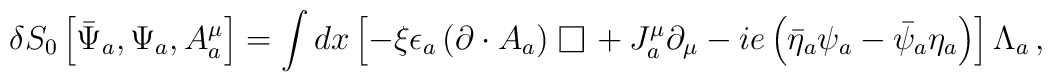
\delta S_{0} \left[ \bar{\Psi}_a ,  \Psi_a, A^\mu_a \right] =  \int dx  \left[ - \xi \epsilon_a  \left(\partial \cdot A_a \right) {\,\lower 1.0pt\vbox{\hrule \hbox{\vrule height 0.3 cm \hskip 0.28 cm \vrule height 0.3 cm}\hrule}\,}   + J_{a}^{\mu} \partial_{\mu} - ie \left(\bar{\eta}_a \psi_a -\bar{\psi}_a \eta_a \right) \right] \Lambda_a \, ,